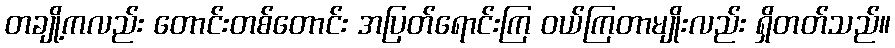
တချို့ကလည်း တောင်းတစ်တောင်း အပြတ်ရောင်းကြ ဝယ်ကြတာမျိုးလည်း ရှိတတ်သည်။